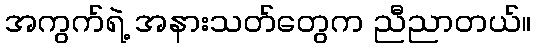
အကွက်ရဲ့ အနားသတ်တွေက ညီညာတယ်။